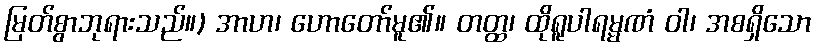
မြတ်စွာဘုရားသည်။) အာဟ၊ ဟောတော်မူ၏။ တတ္ထ၊ ထိုရူပါရမ္မဏံ ဝါ၊ အစရှိသော